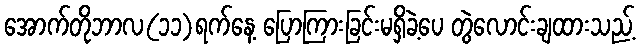
အောက်တိုဘာလ(၁၁)ရက်နေ့ ပြောကြားခြင်းမရှိခဲ့ပေ တွဲလောင်းချထားသည့်